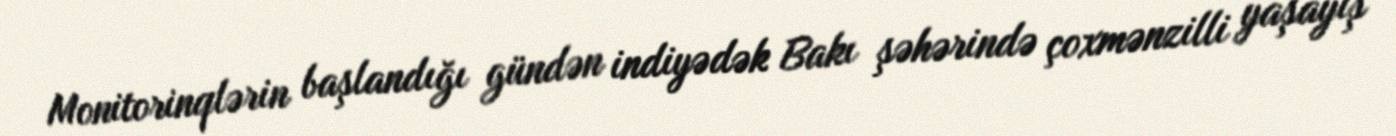
Monitorinqlərin başlandığı gündən indiyədək Bakı şəhərində çoxmənzilli yaşayış